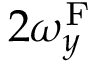
2 \omega _ { y } ^ { \mathrm { F } }